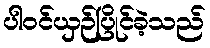
ပါဝင်ယှဉ်ပြိုင်ခဲ့သည်